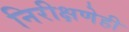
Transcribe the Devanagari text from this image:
निरीक्षणेही